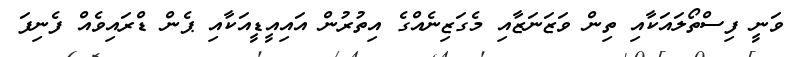
ވަނީ ފިސްތޯލައަކާއި ތިން ވަޒަނަޒާއި މެގަޒިނެއްގެ އިތުރުން އައިއީޑީއަކާއި ޕެން ޑްރައިވެއް ފެނިފަ